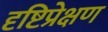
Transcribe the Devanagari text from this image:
दृष्टिप्रेक्षण